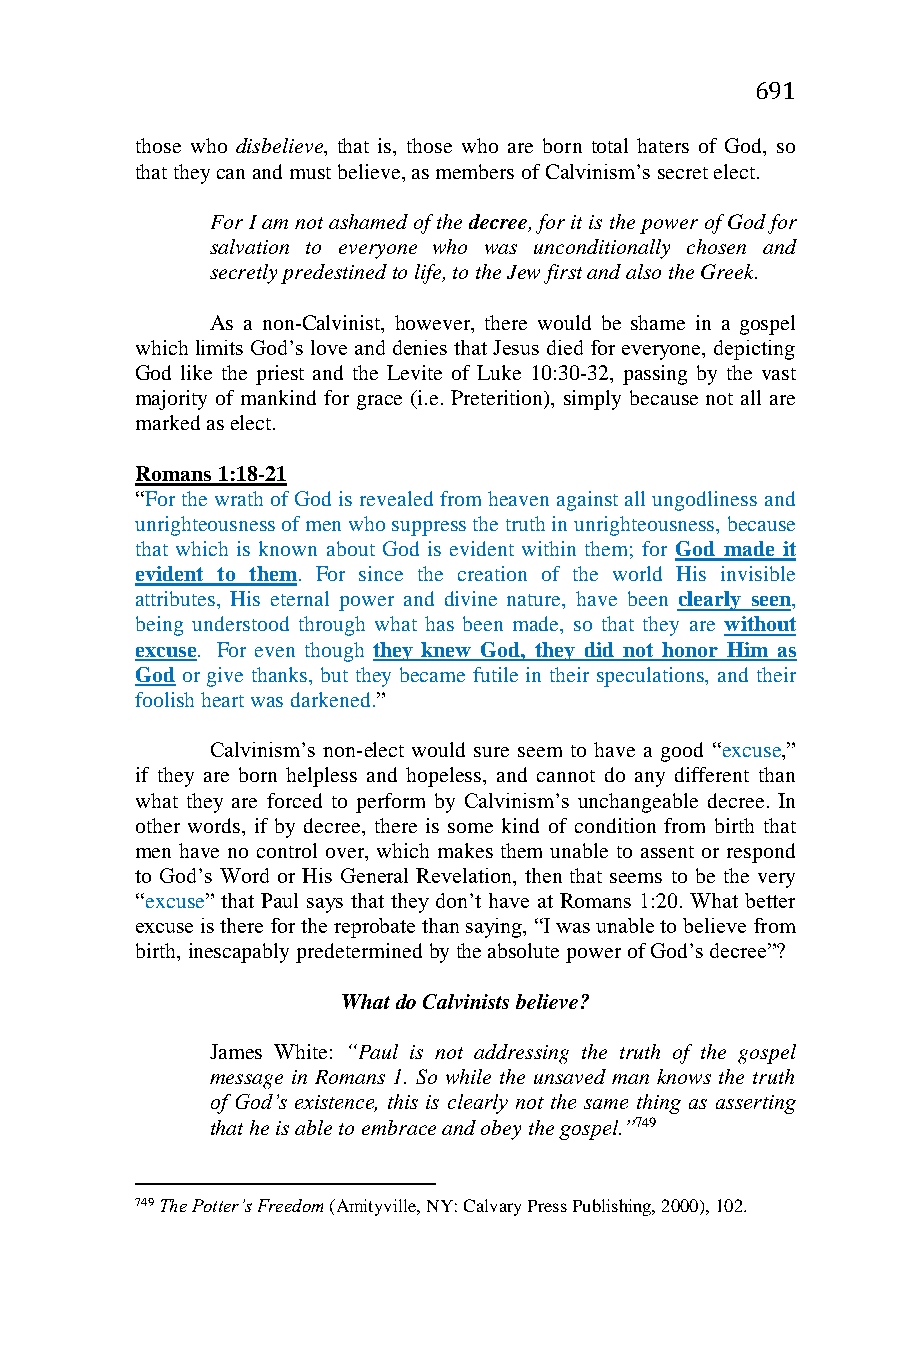
691
 those who disbelieve, that is, those who are born total haters of God, so
 that they can and must believe, as members of Calvinism’s secret elect.
 For I am not ashamed of the decree, for it is the power of God for
 salvation to everyone who was unconditionally chosen and
 secretly predestined to life, to the Jew first and also the Greek.
 As a non-Calvinist, however, there would be shame in a gospel
 which limits God’s love and denies that Jesus died for everyone, depicting
 God like the priest and the Levite of Luke 10:30-32, passing by the vast
 majority of mankind for grace (i.e. Preterition), simply because not all are
 marked as elect.
 Romans 1:18-21
 “For the wrath of God is revealed from heaven against all ungodliness and
 unrighteousness of men who suppress the truth in unrighteousness, because
 that which is known about God is evident within them; for God made it
 evident to them. For since the creation of the world His invisible
 attributes, His eternal power and divine nature, have been clearly seen,
 being understood through what has been made, so that they are without
 excuse. For even though they knew God, they did not honor Him as
 God or give thanks, but they became futile in their speculations, and their
 foolish heart was darkened.”
 Calvinism’s non-elect would sure seem to have a good “excuse,”
 if they are born helpless and hopeless, and cannot do any different than
 what they are forced to perform by Calvinism’s unchangeable decree. In
 other words, if by decree, there is some kind of condition from birth that
 men have no control over, which makes them unable to assent or respond
 to God’s Word or His General Revelation, then that seems to be the very
 “excuse” that Paul says that they don’t have at Romans 1:20. What better
 excuse is there for the reprobate than saying, “I was unable to believe from
 birth, inescapably predetermined by the absolute power of God’s decree”?
 What do Calvinists believe?
 James White: “Paul is not addressing the truth of the gospel
 message in Romans 1. So while the unsaved man knows the truth
 of God’s existence, this is clearly not the same thing as asserting
 that he is able to embrace and obey the gospel.”749
 749 The Potter’s Freedom (Amityville, NY: Calvary Press Publishing, 2000), 102.